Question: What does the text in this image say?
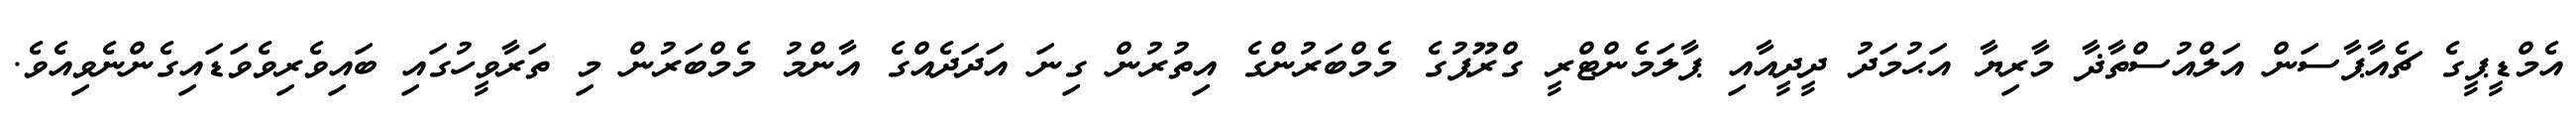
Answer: އެމްޑީޕީގެ ޗެއާޕާސަން އަލްއުސްތާޛާ މާރިޔާ އަޙުމަދު ދީދީއާއި ޕާލަމެންޓްރީ ގްރޫޕުގެ މެމްބަރުންގެ އިތުރުން ގިނަ އަދަދެއްގެ އާންމު މެމްބަރުން މި ތަރާވީހުގައި ބައިވެރިވެވަޑައިގެންނެވިއެވެ.